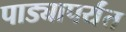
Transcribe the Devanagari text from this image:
पाड्यापर्यंत